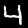
Digit: 4